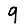
Digit: 9